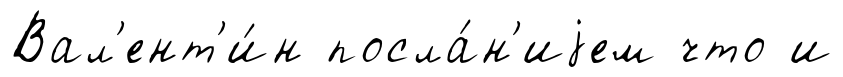
Вал'ент'и́н посла́н'иjем что и